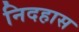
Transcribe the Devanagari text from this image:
निदहास